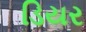
ડિયર